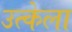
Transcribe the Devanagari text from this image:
उत्केला